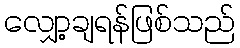
လျှော့ချရန်ဖြစ်သည်